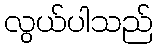
လွယ်ပါသည်